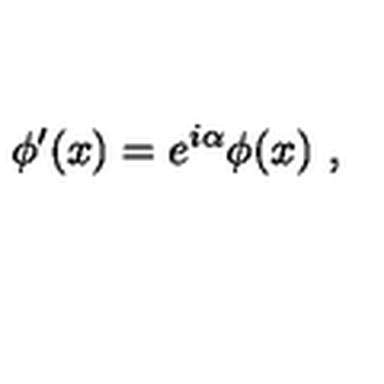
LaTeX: \phi ^ { \prime } ( x ) = e ^ { i \alpha } \phi ( x ) \ ,